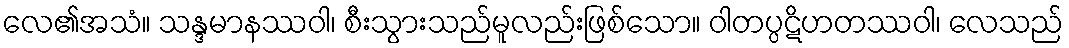
လေ၏အသံ။ သန္ဒမာနဿဝါ၊ စီးသွားသည်မူလည်းဖြစ်သော။ ဝါတပ္ပဋိဟတဿဝါ၊ လေသည်